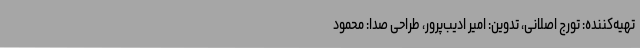
تهیه‌کننده: تورج اصلانی، تدوین: امیر ادیب‌پرور، طراحی صدا: محمود